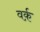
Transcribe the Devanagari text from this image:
वर्क़